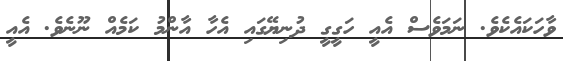
ވާހަކައެކެވެ. ނަމަވެސް އެއީ ހަގީގީ ދުނިޔޭގައި އެހާ އާންމު ކަމެއް ނޫނެވެ. އެއީ